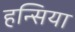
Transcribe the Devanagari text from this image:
हन्सिया